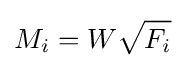
M_{i}=W{\sqrt {F_{i}}}